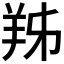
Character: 𦍜